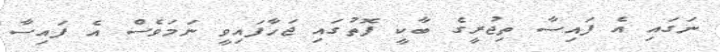
ނަގައި އެ ފައިސާ ތިޖުރީގެ ބާކީ ފޮތުގައި ޖަހާފައިވީ ނަމަވެސް އެ ފައިސާ